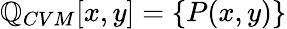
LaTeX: \mathbb{Q}_{CVM}[x,y]=\{ P(x,y)\}